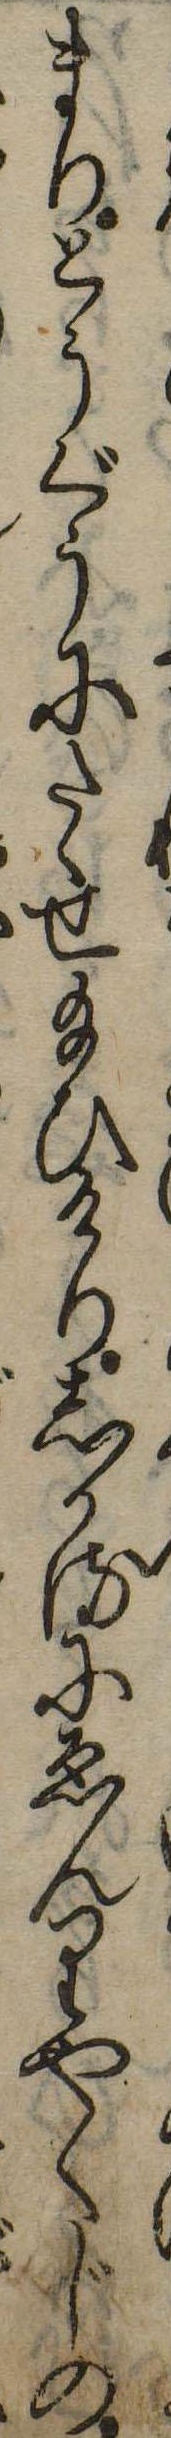
まりとうぐうにたゝせ給ひけりしかるにゑんりやくじの